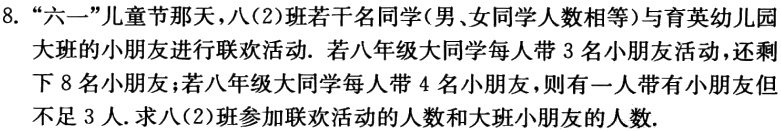
8. “六一”儿童节那天，八(2)班若干名同学(男、女同学人数相等)与育英幼儿园大班的小朋友进行联欢活动. 若八年级大同学每人带3名小朋友活动，还剩下8名小朋友；若八年级大同学每人带4名小朋友，则有一人带有小朋友但不足3人. 求八(2)班参加联欢活动的人数和大班小朋友的人数.